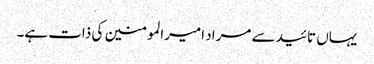
یہاں تائید سے مراد امیرالمومنین کی ذات ہے۔